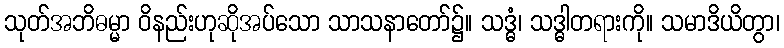
သုတ်အဘိဓမ္မာ ဝိနည်းဟုဆိုအပ်သော သာသနာတော်၌။ သဒ္ဓံ၊ သဒ္ဓါတရားကို။ သမာဒိယိတွာ၊